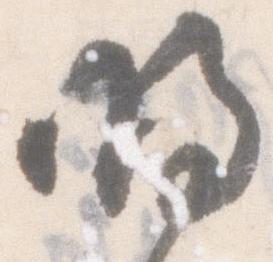
明